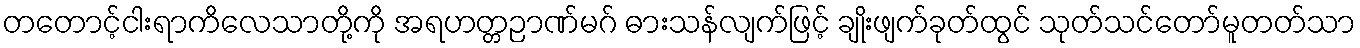
တတောင့်ငါးရာကိလေသာတို့ကို အရဟတ္တဉာဏ်မဂ် ဓားသန်လျက်ဖြင့် ချိုးဖျက်ခုတ်ထွင် သုတ်သင်တော်မူတတ်သာ